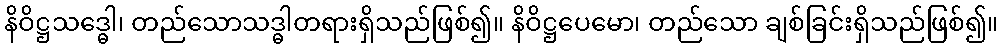
နိဝိဋ္ဌသဒ္ဓေါ၊ တည်သောသဒ္ဓါတရားရှိသည်ဖြစ်၍။ နိဝိဋ္ဌပေမော၊ တည်သော ချစ်ခြင်းရှိသည်ဖြစ်၍။